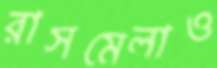
রাসমেলাও